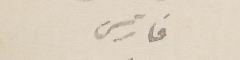
فارس